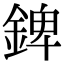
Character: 錍